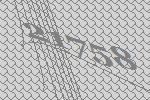
21758